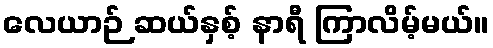
လေယာဉ် ဆယ်နှစ့် နာရီ ကြာလိမ့်မယ်။